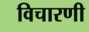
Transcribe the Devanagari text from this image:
विचारणी